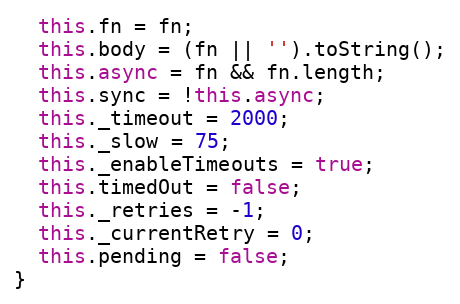
Language: JavaScript
  this.fn = fn;
  this.body = (fn || '').toString();
  this.async = fn && fn.length;
  this.sync = !this.async;
  this._timeout = 2000;
  this._slow = 75;
  this._enableTimeouts = true;
  this.timedOut = false;
  this._retries = -1;
  this._currentRetry = 0;
  this.pending = false;
}